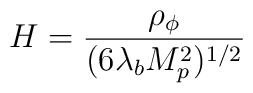
H={\rho_{\phi} \over{(6\lambda_b M_p^2)^{1/2}}}